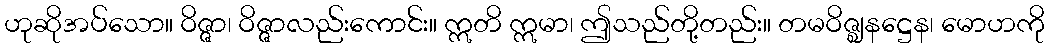
ဟုဆိုအပ်သော။ ဝိဇ္ဇာ၊ ဝိဇ္ဇာလည်းကောင်း။ ဣတိ ဣမာ၊ ဤသည်တို့တည်း။ တမဝိဇ္ဈနဋ္ဌေန၊ မောဟကို